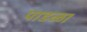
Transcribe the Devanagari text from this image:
पाडळा